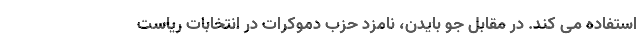
استفاده می کند. در مقابل جو بایدن، نامزد حزب دموکرات در انتخابات ریاست